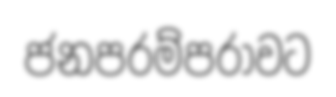
ජනපරම්පරාවට